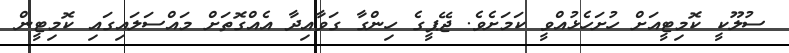
ސުލޫކީ ކޮމިޓީއަށް ހުށަހެޅުއްވީ ކަމަށެވެ. ޖޭޕީގެ ހިންގާ ގަވާއިދާ އެއްގޮތަށް މައްސަލައިގައި ކޮމިޓީން